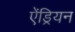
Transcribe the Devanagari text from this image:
ऐंड्रियन